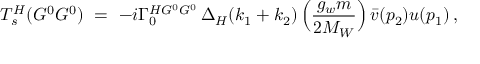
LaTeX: { \cal T } _ { s } ^ { H } ( G ^ { 0 } G ^ { 0 } ) \ = \ - i \Gamma _ { 0 } ^ { H G ^ { 0 } G ^ { 0 } } \, \Delta _ { H } ( k _ { 1 } + k _ { 2 } ) \, \Big ( \frac { g _ { w } m } { 2 M _ { W } } \Big ) \, \bar { v } ( p _ { 2 } ) u ( p _ { 1 } ) \, ,